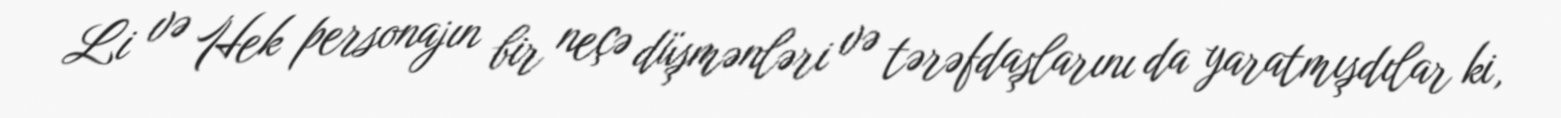
Li və Hek personajın bir neçə düşmənləri və tərəfdaşlarını da yaratmışdılar ki,